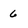
Character: 6